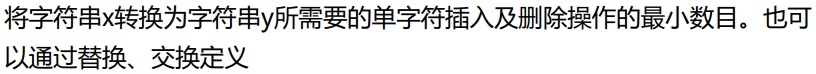
将字符串x转换为字符串y所需要的单字符插入及删除操作的最小数目。也可以通过替换、交换定义